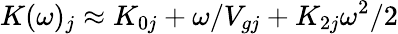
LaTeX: K(\omega)_{j}\approx K_{0j}+\omega/V_{gj}+K_{2j}\omega^{2}/2